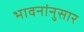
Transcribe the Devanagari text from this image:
भावनांनुसार